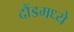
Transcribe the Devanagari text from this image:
दौंडमध्ये